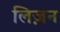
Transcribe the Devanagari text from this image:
लिज़न